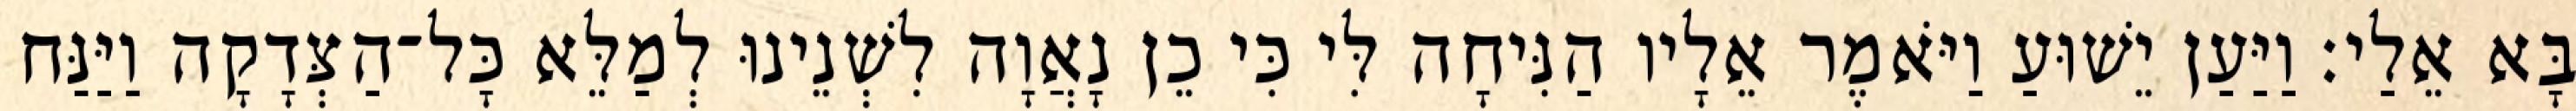
בָּא אֵלַי׃ וַיַּעַן יֵשׁוּעַ וַיֹּאמֶר אֵלָיו הַנִּיחָה לִּי כִּי כֵן נָאֲוָה לִשְׁנֵינוּ לְמַלֵּא כָּל־הַצְּדָקָה וַיַּנַּח